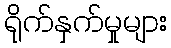
ရိုက်နှက်မှုများ